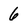
Character: 6